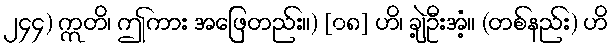
၂၄၄) ဣတိ၊ ဤကား အဖြေတည်း။) [၀၈] ဟိ၊ ချဲ့ဦးအံ့။ (တစ်နည်း) ဟိ